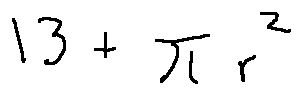
1 3 + \pi r ^ { 2 }